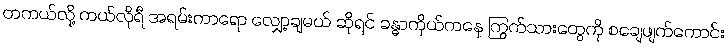
တကယ်လို့ ကယ်လိုရီ အရမ်းကာရော လျှော့ချမယ် ဆိုရင် ခန္ဓာကိုယ်ကနေ ကြွက်သားတွေကို စချေဖျက်ကောင်း